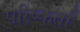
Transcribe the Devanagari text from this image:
परिष्कर्ता